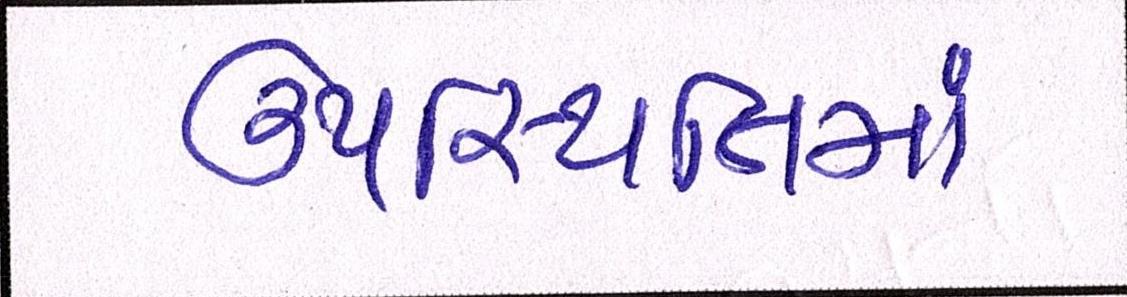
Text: ઉપસ્થિતમાં